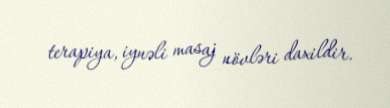
terapiya, iynəli masaj növləri daxildir.